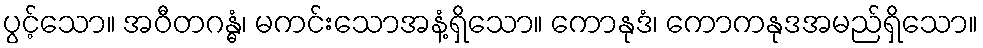
ပွင့်သော။ အဝီတဂန္ဓံ၊ မကင်းသောအနံ့ရှိသော။ ကောနုဒံ၊ ကောကနုဒအမည်ရှိသော။